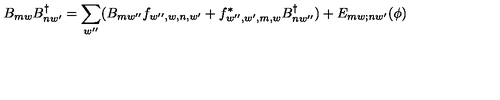
B _ { m w } B _ { n w ^ { \prime } } ^ { \dagger } = \sum _ { w ^ { \prime \prime } } ( B _ { m w ^ { \prime \prime } } f _ { w ^ { \prime \prime } , w , n , w ^ { \prime } } + f _ { w ^ { \prime \prime } , w ^ { \prime } , m , w } ^ { * } B _ { n w ^ { \prime \prime } } ^ { \dagger } ) + E _ { m w ; n w ^ { \prime } } ( \phi )